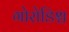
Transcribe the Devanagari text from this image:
गोरोडिश्च